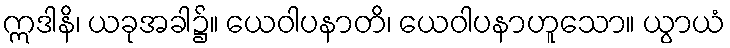
ဣဒါနိ၊ ယခုအခါ၌။ ယေဝါပနာတိ၊ ယေဝါပနာဟူသော။ ယွာယံ